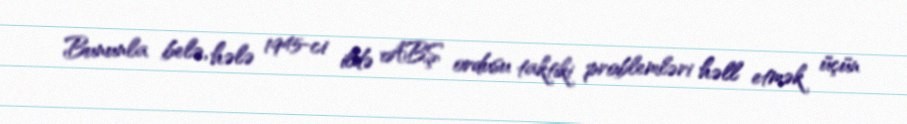
Bununla belə, hələ 1945-ci ildə ABŞ ordusu taktiki problemləri həll etmək üçün